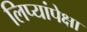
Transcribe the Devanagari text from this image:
लिप्यांपेक्षा